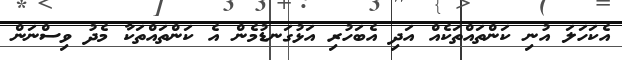
އެކަހަލަ އުނި ކަންތައްތަކެއް އަދި އެބަހުރި އަޅުގަނޑުމެން އެ ކަންތައްތަކާ މެދު ވިސްނަން